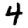
Digit: 4